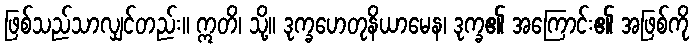
ဖြစ်သည်သာလျှင်တည်း။ ဣတိ၊ သို့။ ဒုက္ခဟေတုနိယာမေန၊ ဒုက္ခ၏ အကြောင်း၏ အဖြစ်ကို